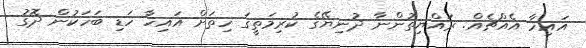
އައިހާ އެއްޗެއް. ރައްޔިތުންނާ ދުނިޔޭގެ ކުރިމަތީގަ ހިތަށް އައިހާ ހަޑި ބަހަކުން ދޮގު